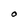
Character: o